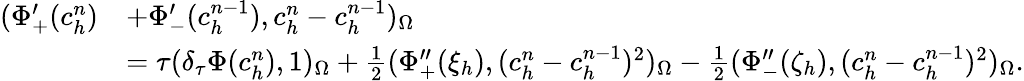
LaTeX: \begin{array}{rl}{(\Phi_{+}^{\prime}(c_{h}^{n})}&{+\Phi_{-}^{\prime}(c_{h}^{n-1}),c_{h}^{n}-c_{h}^{n-1})_{\Omega}}\\ &{=\tau(\delta_{\tau}\Phi(c_{h}^{n}),1)_{\Omega}+\frac{1}{2}(\Phi_{+}^{\prime\prime}(\xi_{h}),(c_{h}^{n}-c_{h}^{n-1})^{2})_{\Omega}-\frac{1}{2}(\Phi_{-}^{\prime\prime}(\zeta_{h}),(c_{h}^{n}-c_{h}^{n-1})^{2})_{\Omega}.}\end{array}